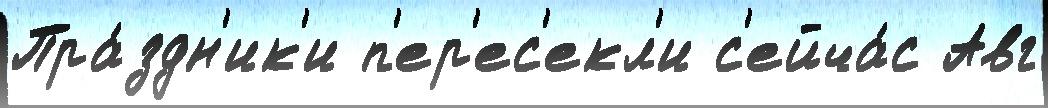
Пра́здн'ик'и п'ер'ес'екл'и с'ейча́с Авг